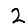
Digit: 2